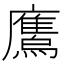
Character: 𫠕